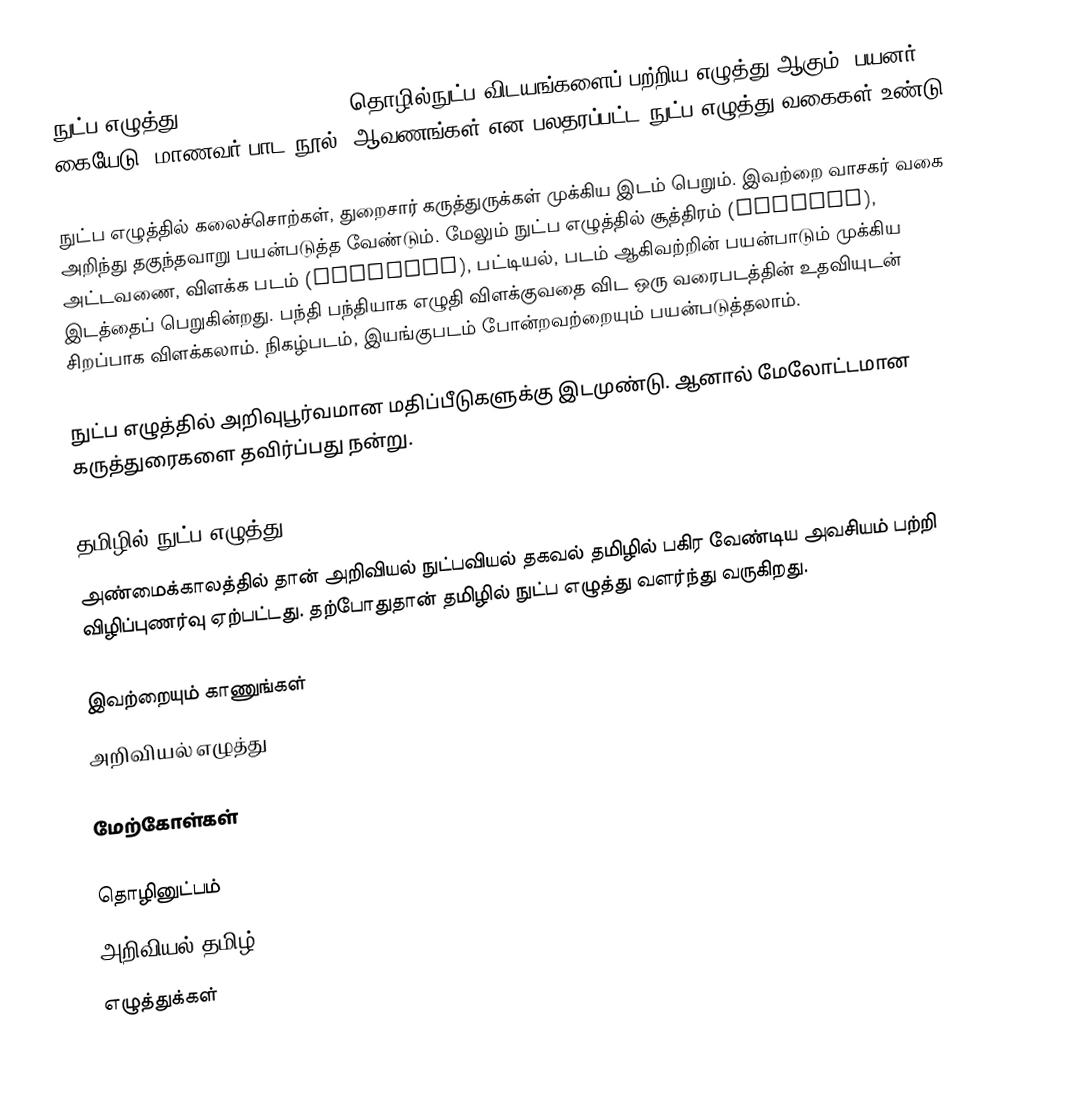
நுட்ப எழுத்து (Technical writing) தொழில்நுட்ப விடயங்களைப் பற்றிய எழுத்து ஆகும். பயனர் கையேடு, மாணவர் பாட நூல், ஆவணங்கள் என பலதரப்பட்ட நுட்ப எழுத்து வகைகள் உண்டு.

நுட்ப எழுத்தில் கலைச்சொற்கள், துறைசார் கருத்துருக்கள் முக்கிய இடம் பெறும். இவற்றை வாசகர் வகை அறிந்து தகுந்தவாறு பயன்படுத்த வேண்டும். மேலும் நுட்ப எழுத்தில் சூத்திரம் (formula), அட்டவணை, விளக்க படம் (diagrams), பட்டியல், படம் ஆகிவற்றின் பயன்பாடும் முக்கிய இடத்தைப் பெறுகின்றது. பந்தி பந்தியாக எழுதி விளக்குவதை விட ஒரு வரைபடத்தின் உதவியுடன் சிறப்பாக விளக்கலாம். நிகழ்படம், இயங்குபடம் போன்றவற்றையும் பயன்படுத்தலாம்.

நுட்ப எழுத்தில் அறிவுபூர்வமான மதிப்பீடுகளுக்கு இடமுண்டு. ஆனால் மேலோட்டமான கருத்துரைகளை தவிர்ப்பது நன்று.

தமிழில் நுட்ப எழுத்து
அண்மைக்காலத்தில் தான் அறிவியல் நுட்பவியல் தகவல் தமிழில் பகிர வேண்டிய அவசியம் பற்றி விழிப்புணர்வு ஏற்பட்டது. தற்போதுதான் தமிழில் நுட்ப எழுத்து வளர்ந்து வருகிறது.

இவற்றையும் காணுங்கள்
 அறிவியல் எழுத்து

மேற்கோள்கள்

தொழினுட்பம்
அறிவியல் தமிழ்
எழுத்துக்கள்